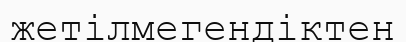
жетілмегендіктен